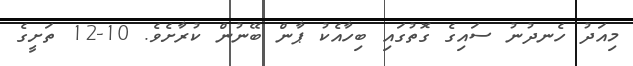
މިއަދު ހެނދުނު ސައިގެ ގޮތުގައި ބިހާއެކު ޕާން ބޭނުން ކުރާށެވެ. 10-12 ތަށީގެ